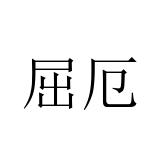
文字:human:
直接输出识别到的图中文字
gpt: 屈厄